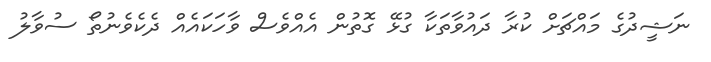
ނަޝީދުގެ މައްޗަށް ކުރާ ދައުވާތަކާ ގުޅޭ ގޮތުން އެއްވެސް ވާހަކައެއް ދެކެވެނުތޯ ސުވާލު